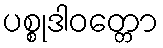
ပစ္စုဒါဝတ္တော